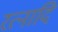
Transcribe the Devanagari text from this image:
रत्नादि